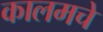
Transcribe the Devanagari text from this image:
कालमचे